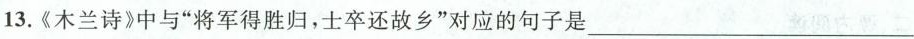
13.《木兰诗》中与“将军得胜归，士卒还故乡”对应的句子是___